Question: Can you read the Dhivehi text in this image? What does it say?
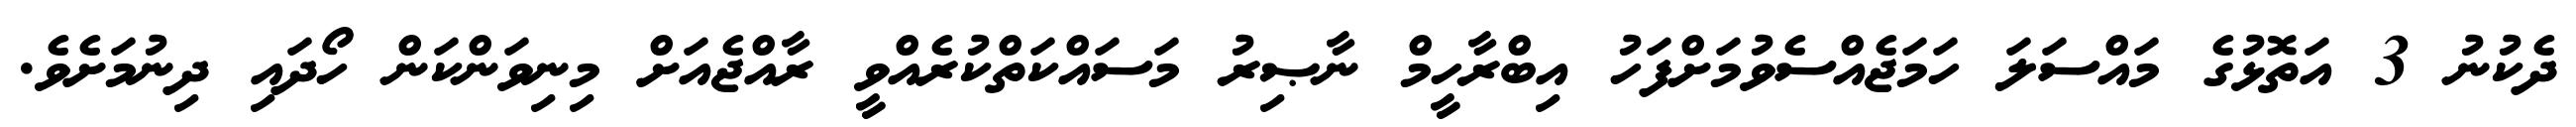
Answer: ދެކުނު 3 އަތޮޅުގެ މައްސަލަ ހަމަޖެއްސެވުމަށްފަހު އިބްރާހީމް ނާޞިރު މަސައްކަތްކުރެއްވީ ރާއްޖެއަށް މިނިވަންކަން ހޯދައި ދިނުމަށެވެ.